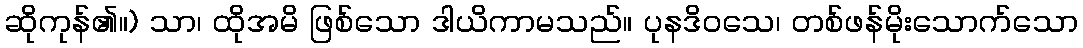
ဆိုကုန်၏။) သာ၊ ထိုအမိ ဖြစ်သော ဒါယိကာမသည်။ ပုနဒိဝသေ၊ တစ်ဖန်မိုးသောက်သော